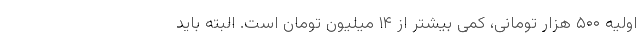
اولیه ۵۰۰ هزار تومانی، کمی بیشتر از ۱۴ میلیون تومان است. البته باید